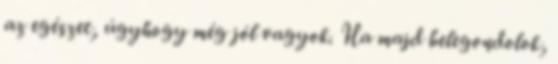
az egészet, úgyhogy még jól vagyok. Ha majd belegondolok,